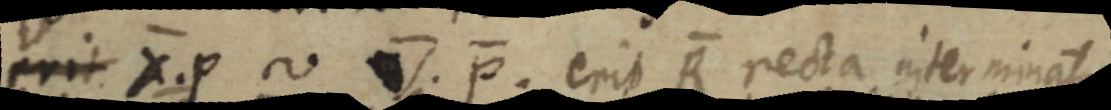
erit X. P ~ V. P. erit R recta interminata